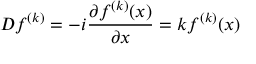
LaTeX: D f ^ { ( k ) } = - i \frac { \partial f ^ { ( k ) } ( x ) } { \partial x } = k f ^ { ( k ) } ( x )